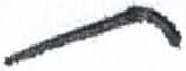
אות: ת